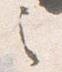
之